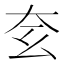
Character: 𡗰